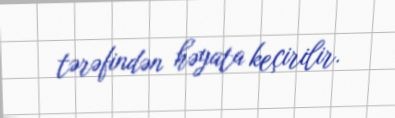
tərəfindən həyata keçirilir.